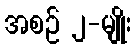
အစဉ် ၂-မျိုး